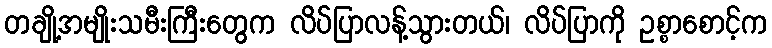
တချို့အမျိုးသမီးကြီးတွေက လိပ်ပြာလန့်သွားတယ်၊ လိပ်ပြာကို ဥစ္စာစောင့်က